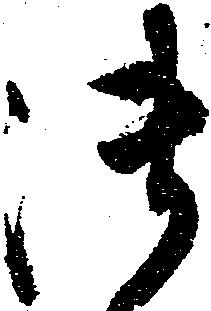
御